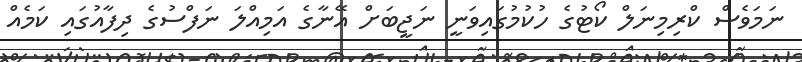
ނަމަވެސް ކްރިމިނަލް ކޯޓުގެ ހުކުމުގައިވަނީ ނަޖީބަށް އޭނާގެ އަމިއްލަ ނަފްސުގެ ދިފާއުގައި ކަމެއް